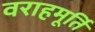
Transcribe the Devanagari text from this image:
वराहमूर्ति